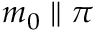
m _ { 0 } \parallel \pi